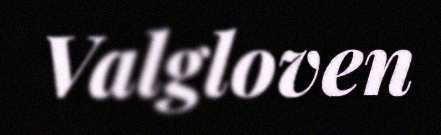
Valgloven